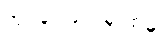
အုပ်ချုပ်ရေးမှူးထံမှ